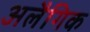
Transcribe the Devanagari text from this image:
अलैगिक